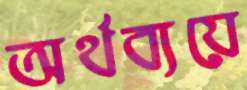
অর্থব্যয়ে